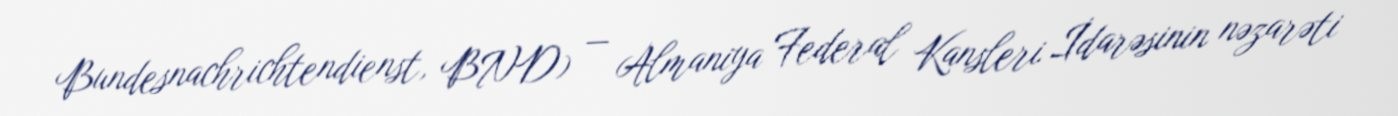
Bundesnachrichtendienst, BND) — Almaniya Federal Kansleri İdarəsinin nəzarəti